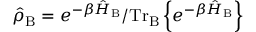
\hat { \rho } _ { \mathrm { B } } = e ^ { - \beta { \hat { H } } _ { \mathrm { B } } } / \mathrm { T r } _ { \mathrm { B } } \left\lbrace { e } ^ { - \beta { \hat { H } } _ { \mathrm { B } } } \right\rbrace